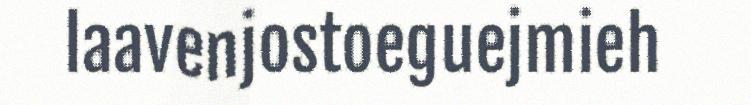
laavenjostoeguejmieh